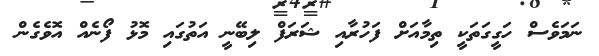
ނަމަވެސް ހަގީގަތަކީ ތިމާއަށް ފަހުރާއި ޝަރަފް ލިބޭނީ އަތުގައި މޮޅު ފޯނެއް އޮވެގެން